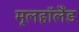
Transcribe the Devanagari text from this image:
मूलहॉलैंड